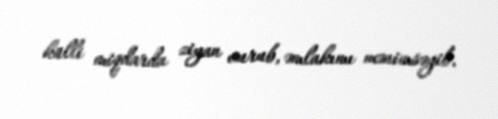
külli miqdarda ziyan vurub, əmlakımı mənimsəyib.